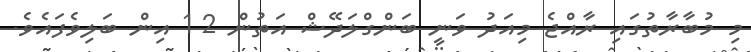
މި މުބާރާތުގައި ރާއްޖެ މިއަދު ވަނީ ބަންގްލަދޭޝް އަތުން 2-1 އިން ބަލިވެފައެވެ.